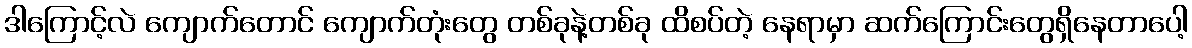
ဒါကြောင့်လဲ ကျောက်တောင် ကျောက်တုံးတွေ တစ်ခုနဲ့တစ်ခု ထိစပ်တဲ့ နေရာမှာ ဆက်ကြောင်းတွေရှိနေတာပေါ့